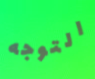
التوجه